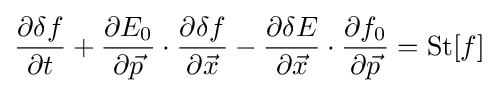
{\frac {\partial \delta f}{\partial t}}+{\frac {\partial E_{0}}{\partial {\vec {p}}}}\cdot {\frac {\partial \delta f}{\partial {\vec {x}}}}-{\frac {\partial \delta E}{\partial {\vec {x}}}}\cdot {\frac {\partial f_{0}}{\partial {\vec {p}}}}={\text{St}}[f]